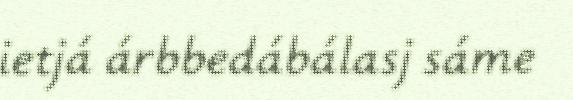
ietjá árbbedábálasj sáme